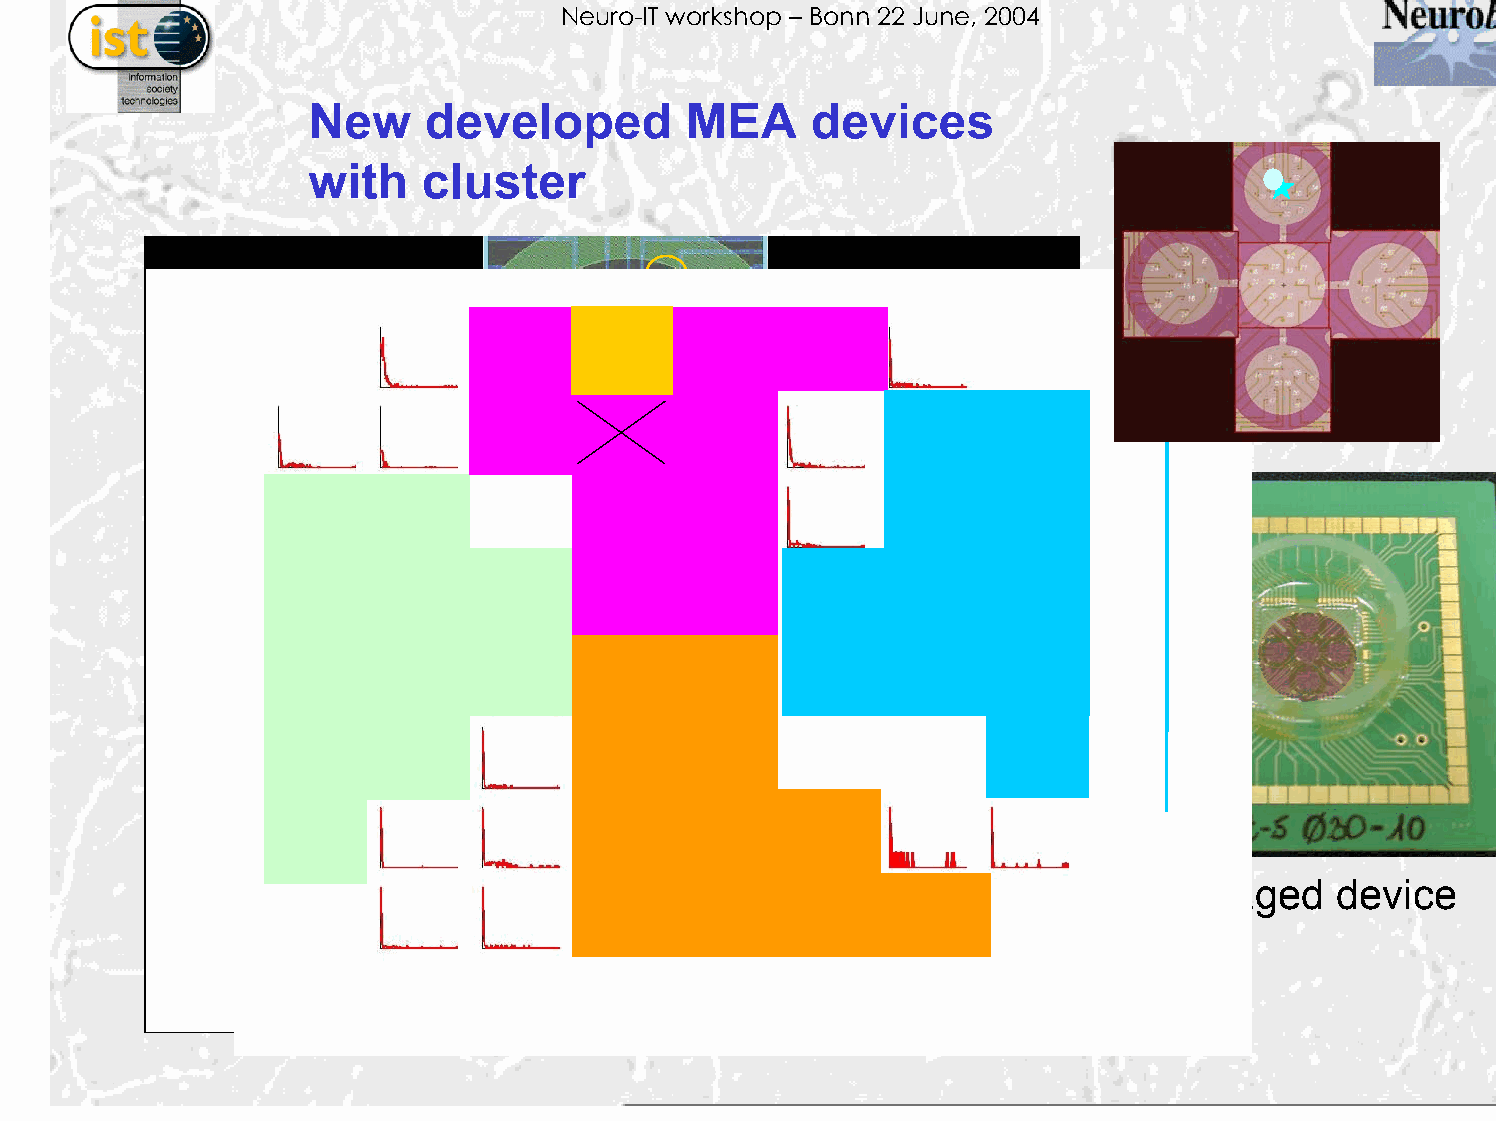
Neuro-IT workshop – Bonn 22 June, 2004
 New    developed         MEA     devices
 with   cluster
 Packaged     device